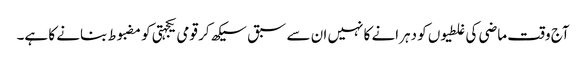
آج وقت ماضی کی غلطیوں کو دہرانے کا نہیں ان سے سبق سیکھ کر قومی یکجہتی کو مضبوط بنانے کا ہے۔